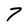
Character: 7